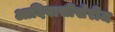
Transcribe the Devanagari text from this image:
आदिवासींखेरीज